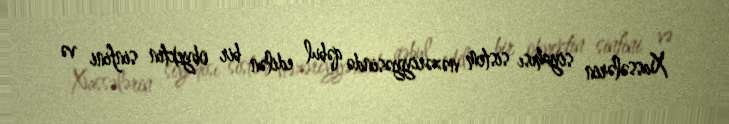
Xassələrin siyahısı sistem nəzəriyyəsində qəbul edilən bir obyektin sinfini və